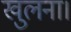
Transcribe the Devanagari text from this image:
खुलना।